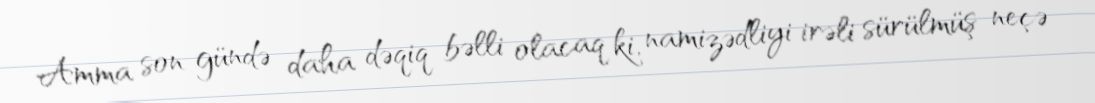
Amma son gündə daha dəqiq bəlli olacaq ki, namizədliyi irəli sürülmüş neçə